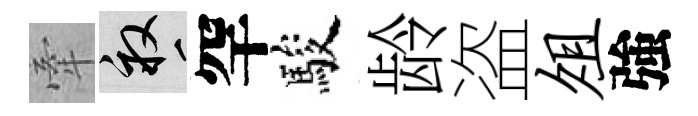
牽畝罕駿龄盗俎強